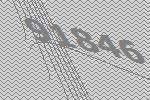
91846